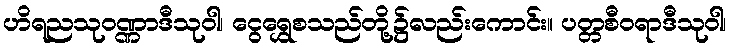
ဟိရညသုဝဏ္ဏာဒီသုဝါ၊ ငွေရွှေစသည်တို့၌လည်းကောင်း။ ပတ္တစီဝရာဒီသုဝါ၊